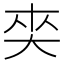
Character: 𡘖